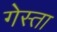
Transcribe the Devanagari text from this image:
गेस्ता